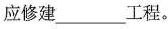
应修建___工程。